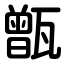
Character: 甑